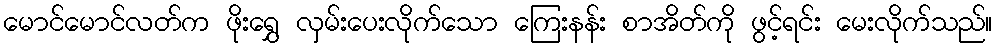
မောင်မောင်လတ်က ဖိုးရွှေ လှမ်းပေးလိုက်သော ကြေးနန်း စာအိတ်ကို ဖွင့်ရင်း မေးလိုက်သည်။